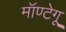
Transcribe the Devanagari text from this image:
मॉण्टेगू